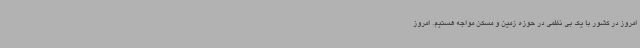
امروز در کشور با یک بی نظمی در حوزه زمین و مسکن مواجه هستیم. امروز